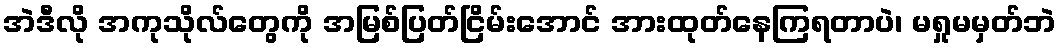
အဲဒီလို အကုသိုလ်တွေကို အမြစ်ပြတ်ငြိမ်းအောင် အားထုတ်နေကြရတာပဲ၊ မရှုမမှတ်ဘဲ